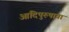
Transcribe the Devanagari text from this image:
आदिपुरुषाचा